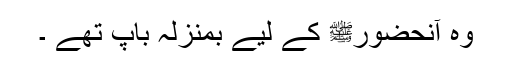
وہ آنحضورﷺ کے لیے بمنزلہ باپ تھے ۔